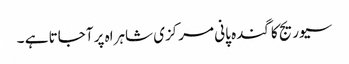
سیوریج کا گندہ پانی مرکزی شاہراہ پر آجاتا ہے ۔